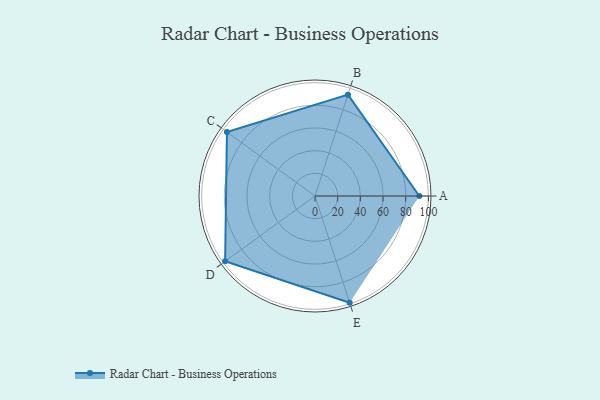
{"axis": {"x": "Skill", "y": "Score"}, "legend": ["Profile"], "data": [{"x": "A", "y": 92.0, "type": "Profile"}, {"x": "B", "y": 94.0, "type": "Profile"}, {"x": "C", "y": 96.0, "type": "Profile"}, {"x": "D", "y": 98.0, "type": "Profile"}, {"x": "E", "y": 99, "type": "Profile"}]}